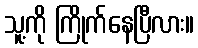
သူ့ကို ကြိုက်နေပြီလား။